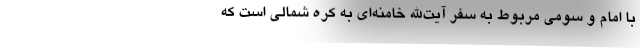
با امام و سومی مربوط به سفر آیت‌الله خامنه‌ای به کره شمالی است که